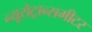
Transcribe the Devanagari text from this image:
न्यूरोट्रान्समीटर